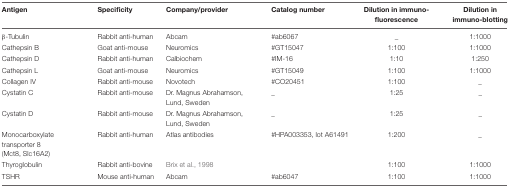
<table><thead><tr><td><b>Antigen</b></td><td><b>Specificity</b></td><td><b>Company/provider</b></td><td><b>Catalog number</b></td><td><b>Dilution in immuno-fluorescence</b></td><td><b>Dilution in immuno-blotting</b></td></tr></thead><tbody><tr><td>β-Tubulin</td><td>Rabbit anti-human</td><td>Abcam</td><td>#ab6067</td><td>_</td><td>1:1000</td></tr><tr><td>Cathepsin B</td><td>Goat anti-mouse</td><td>Neuromics</td><td>#GT15047</td><td>1:100</td><td>1:1000</td></tr><tr><td>Cathepsin D</td><td>Rabbit anti-human</td><td>Calbiochem</td><td>#IM-16</td><td>1:10</td><td>1:250</td></tr><tr><td>Cathepsin L</td><td>Goat anti-mouse</td><td>Neuromics</td><td>#GT15049</td><td>1:100</td><td>1:1000</td></tr><tr><td>Collagen IV</td><td>Rabbit anti-mouse</td><td>Novotech</td><td>#CO20451</td><td>1:100</td><td>_</td></tr><tr><td>Cystatin C</td><td>Rabbit anti-mouse</td><td>Dr. Magnus Abrahamson, Lund, Sweden</td><td>_</td><td>1:25</td><td>_</td></tr><tr><td>Cystatin D</td><td>Rabbit anti-mouse</td><td>Dr. Magnus Abrahamson, Lund, Sweden</td><td>_</td><td>1:25</td><td>_</td></tr><tr><td>Monocarboxylate transporter 8 (Mct8, Slc16A2)</td><td>Rabbit anti-human</td><td>Atlas antibodies</td><td>#HPA003353, lot A61491</td><td>1:200</td><td>_</td></tr><tr><td>Thyroglobulin</td><td>Rabbit anti-bovine</td><td>Brix et al., 1998</td><td>[EMPTY_CELL]</td><td>1:100</td><td>1:1000</td></tr><tr><td>TSHR</td><td>Mouse anti-human</td><td>Abcam</td><td>#ab6047</td><td>1:100</td><td>1:1000</td></tr></tbody></table>